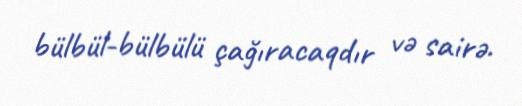
bülbül-bülbülü çağıracaqdır və sairə.